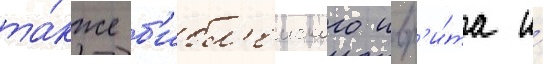
та́кже б'ибл'еиского ивр'и́та и́